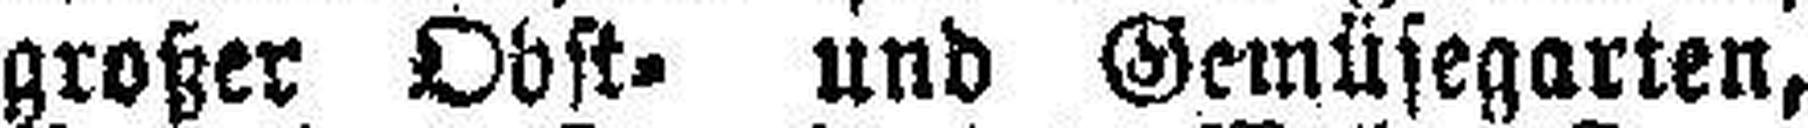
großer Obst= und Gemüsegarten,